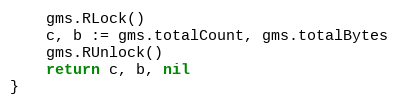
Language: Go
	gms.RLock()
	c, b := gms.totalCount, gms.totalBytes
	gms.RUnlock()
	return c, b, nil
}